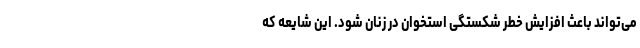
می‌تواند باعث افزایش خطر شکستگی استخوان در زنان شود. این شایعه که